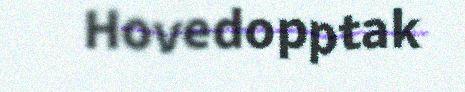
Hovedopptak